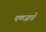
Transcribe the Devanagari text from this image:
पणजाचे